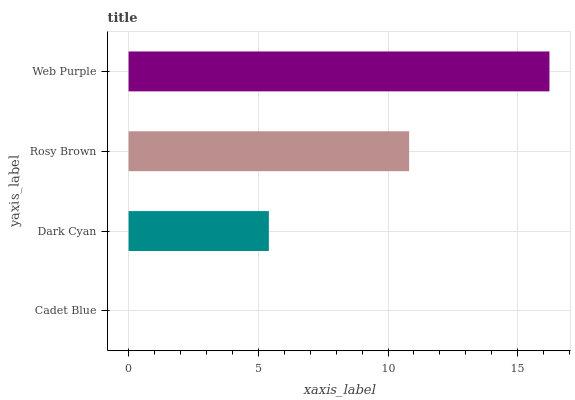
| yaxis_label | bars |
 | --- | --- |
 | Cadet Blue | 0 |
 | Dark Cyan | 5.41 |
 | Rosy Brown | 10.8 |
 | Web Purple | 16.2 |